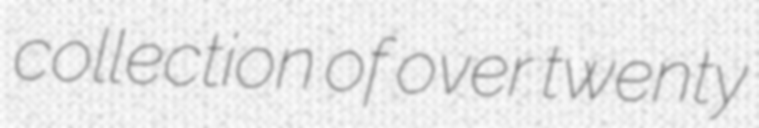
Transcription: collection of over twenty